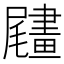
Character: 𦘧